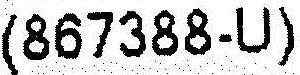
(867388-U)